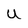
Character: U